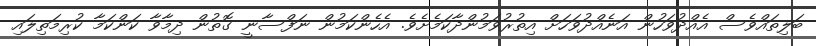
ބަލިތައްވެސް އެއްދުވަހުން އަނެއްދުވަހަށް އިތުރުވަމުންދާކަމެށެވެ. އެހެންކަމުން ނަފްސާނީ ގޮތުން ދިމާވާ ކަންކަމާ ކުރިމަތިލައި